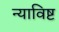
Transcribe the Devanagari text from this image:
न्याविष्ट